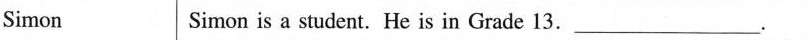
Simon Simon is a student .He is in Grade 13.___.